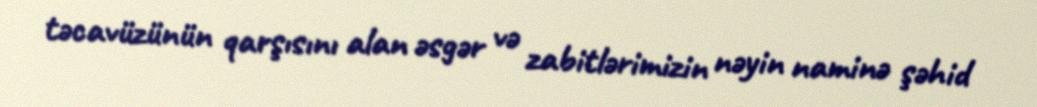
təcavüzünün qarşısını alan əsgər və zabitlərimizin nəyin naminə şəhid